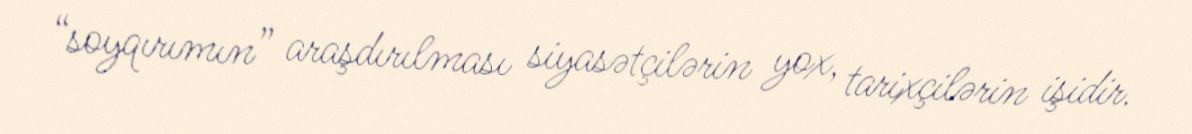
“soyqırımın” araşdırılması siyasətçilərin yox, tarixçilərin işidir.